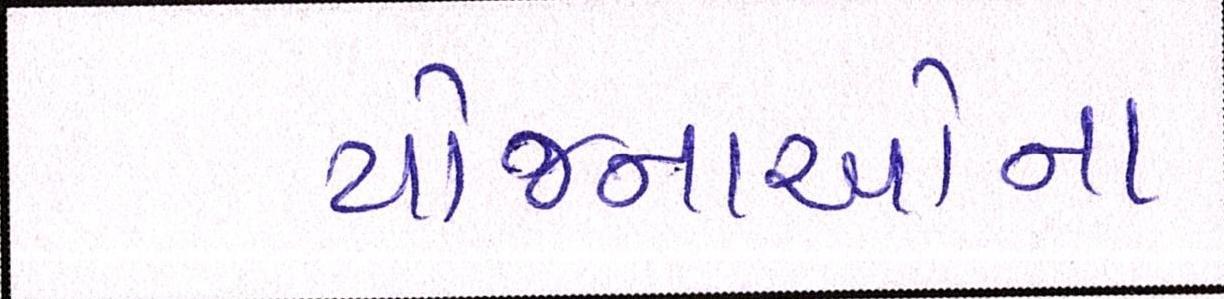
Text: યોજનાઓના